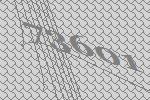
73601